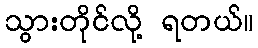
သွားတိုင်လို့ ရတယ်။